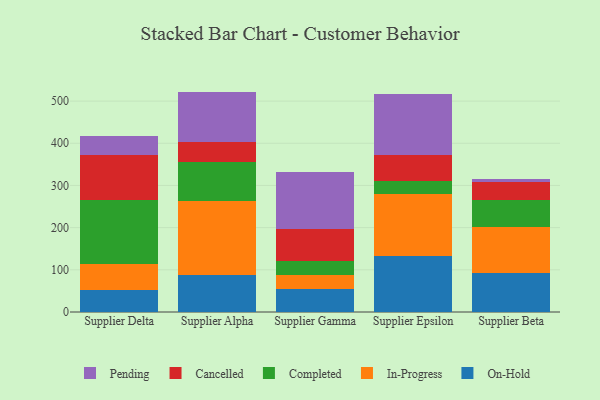
{"axis": {"x": "Supplier", "y": "Revenue (USD Million)"}, "legend": ["Cancelled", "Completed", "In-Progress", "On-Hold", "Pending"], "data": [{"x": "Supplier Delta", "y": 53.2, "type": "On-Hold"}, {"x": "Supplier Delta", "y": 60.8, "type": "In-Progress"}, {"x": "Supplier Delta", "y": 152.2, "type": "Completed"}, {"x": "Supplier Delta", "y": 107.0, "type": "Cancelled"}, {"x": "Supplier Delta", "y": 44.3, "type": "Pending"}, {"x": "Supplier Alpha", "y": 87.5, "type": "On-Hold"}, {"x": "Supplier Alpha", "y": 175.9, "type": "In-Progress"}, {"x": "Supplier Alpha", "y": 92.4, "type": "Completed"}, {"x": "Supplier Alpha", "y": 48.2, "type": "Cancelled"}, {"x": "Supplier Alpha", "y": 118.5, "type": "Pending"}, {"x": "Supplier Gamma", "y": 55.0, "type": "On-Hold"}, {"x": "Supplier Gamma", "y": 33.7, "type": "In-Progress"}, {"x": "Supplier Gamma", "y": 32.6, "type": "Completed"}, {"x": "Supplier Gamma", "y": 76.6, "type": "Cancelled"}, {"x": "Supplier Gamma", "y": 133.5, "type": "Pending"}, {"x": "Supplier Epsilon", "y": 132.0, "type": "On-Hold"}, {"x": "Supplier Epsilon", "y": 148.2, "type": "In-Progress"}, {"x": "Supplier Epsilon", "y": 29.5, "type": "Completed"}, {"x": "Supplier Epsilon", "y": 62.6, "type": "Cancelled"}, {"x": "Supplier Epsilon", "y": 143.6, "type": "Pending"}, {"x": "Supplier Beta", "y": 92.3, "type": "On-Hold"}, {"x": "Supplier Beta", "y": 110.0, "type": "In-Progress"}, {"x": "Supplier Beta", "y": 63.8, "type": "Completed"}, {"x": "Supplier Beta", "y": 41.3, "type": "Cancelled"}, {"x": "Supplier Beta", "y": 7.0, "type": "Pending"}]}